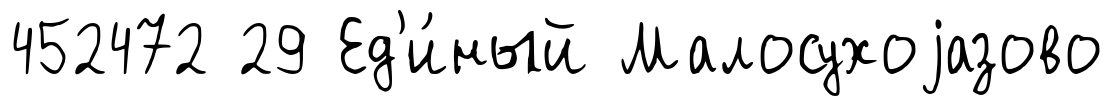
452472 29 Ед'и́ный Малосухоjазово